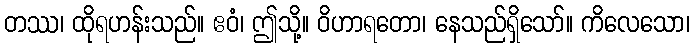
တဿ၊ ထိုရဟန်းသည်။ ဧဝံ၊ ဤသို့။ ဝိဟာရတော၊ နေသည်ရှိသော်။ ကိလေသော၊